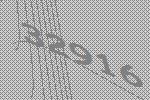
32916